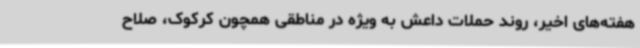
هفته‌های اخیر، روند حملات داعش به ویژه در مناطقی همچون کرکوک، صلاح